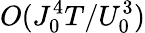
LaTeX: O(J_{0}^{4}T/U_{0}^{3})